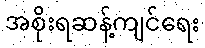
အစိုးရဆန့်ကျင်ရေး